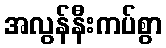
အလွန်နီးကပ်စွာ